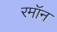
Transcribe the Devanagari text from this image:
रमॉन